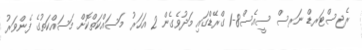
ރެޖިސްޓަރޑް ނަރސް ސީއެސް8-1 ގްރޭޑްގައި މަދުވެގެން 2 އަހަރު މަސައްކަތްކޮށް މަސައްކަތުގެ ފެންވަރު